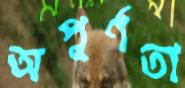
অপূর্ণতা